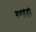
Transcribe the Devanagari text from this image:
गवईही